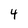
Character: 4